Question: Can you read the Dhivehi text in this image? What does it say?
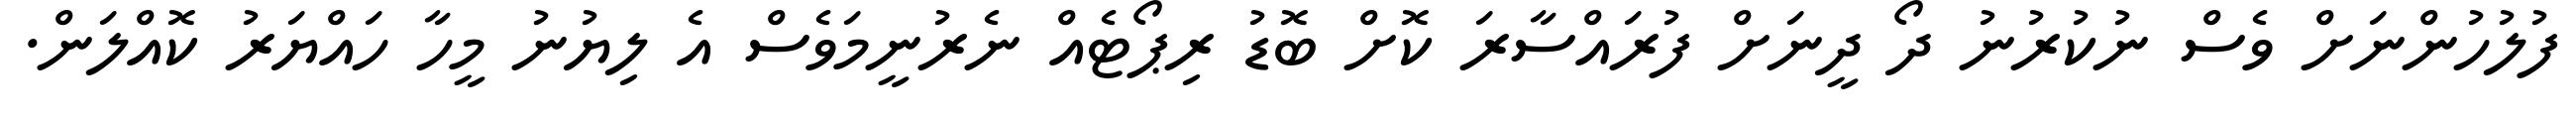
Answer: ފުލުހުންނަށް ވެސް ނުކުރުނު ދޯ ދީނަށް ފުރައްސާރަ ކޮށް ބޮޑު ރިޕޯޓެއް ނެރުނީމަވެސް އެ ލިޔުނު މީހާ ހައްޔަރު ކޮއްލަން.